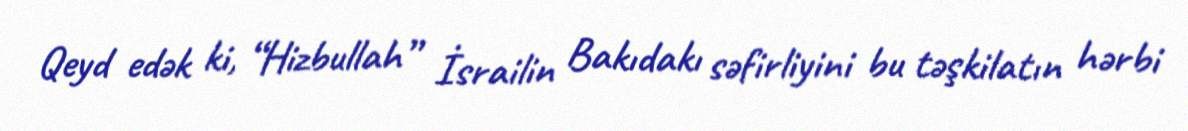
Qeyd edək ki, “Hizbullah” İsrailin Bakıdakı səfirliyini bu təşkilatın hərbi